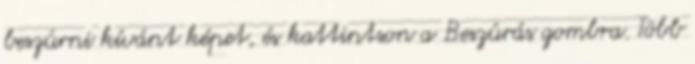
beszúrni kívánt képet, és kattintson a Beszúrás gombra. Több